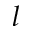
l